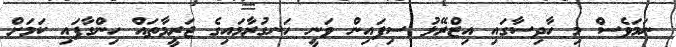
ނަމަވެސް މި ހާދިސާގައި އިޒްރޭލު ސިފައިން ވަނީ ހަނގުރާމައިގެ ޖަރީމާތައް ހިންގާފައި ކަމަށް